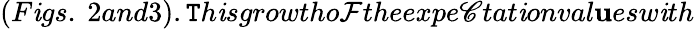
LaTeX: (F\mathit{i}gs.~2and3).\mathtt{T}h\mathit{i}sgrowtho\mathcal{F}theexpe\mathscr{C}tat\mathit{i}onval\mathbf{u}esw\mathit{i}th